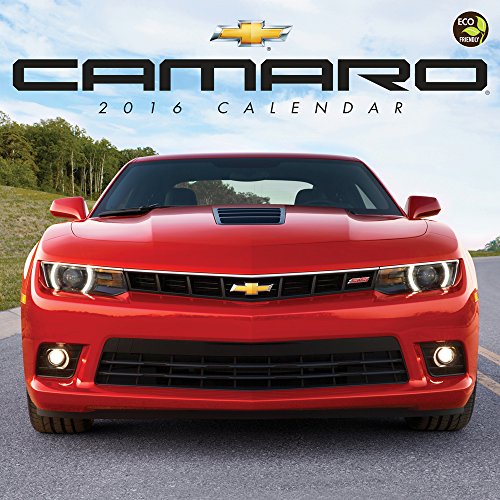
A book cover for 2016 Camaro Wall Calendar; General Motors; Calendars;